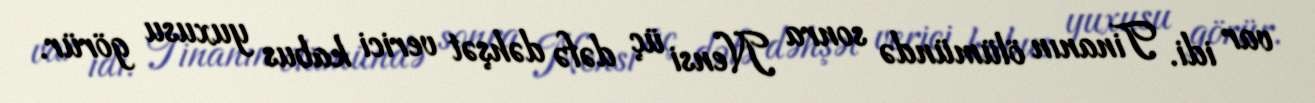
var idi. Tinanın ölümündə sonra Nensi üç dəfə dəhşət verici kabus yuxusu görür.